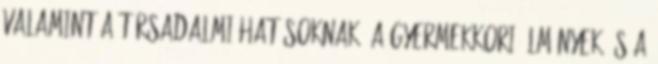
valamint a társadalmi hatásoknak. A gyermekkori élmények és a